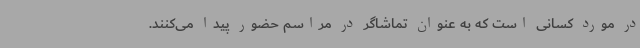
در مورد کسانی است که به عنوان تماشاگر در مراسم حضور پیدا می‌کنند.